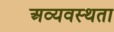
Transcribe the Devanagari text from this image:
अव्यवस्थता